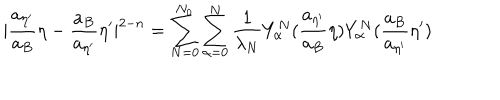
| \frac { a _ { { \eta } ^ { \prime } } } { a _ { B } } { \eta } - \frac { a _ { B } } { a _ { { \eta } ^ { \prime } } } { \eta } ^ { \prime } | ^ { 2 - n } = \sum _ { N = 0 } ^ { N _ { 0 } } \sum _ { \alpha = 0 } ^ { N } \frac { 1 } { \lambda _ { N } } Y _ { \alpha } ^ { N } ( \frac { a _ { { \eta } ^ { \prime } } } { a _ { B } } { \eta } ) Y _ { \alpha } ^ { N } ( \frac { a _ { B } } { a _ { { \eta } ^ { \prime } } } { \eta } ^ { \prime } )